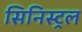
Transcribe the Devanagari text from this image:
सिनिस्ट्रल